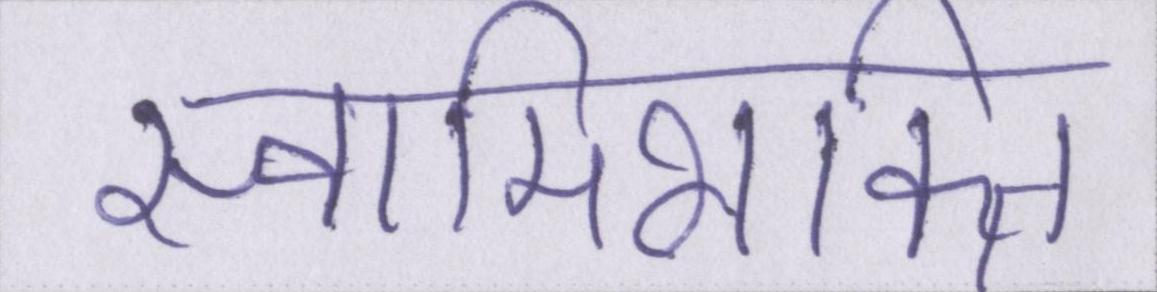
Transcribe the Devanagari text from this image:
स्वामिभक्ति